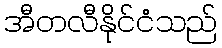
အီတလီနိုင်ငံသည်